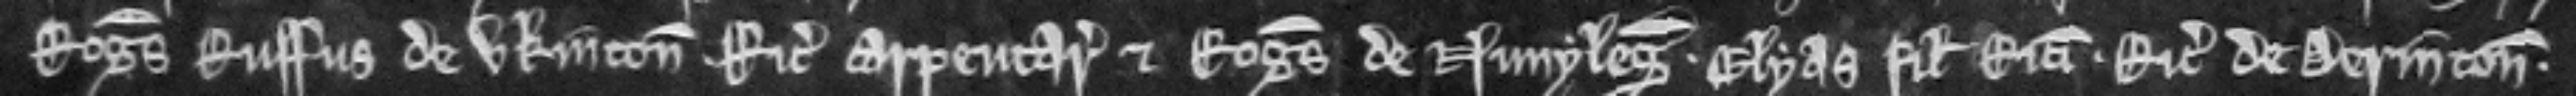
Rogerus Ruffus de Ukinton. Ricardus carpentarius et Rogerus de Nunyleg. Elyas filius Ricardi. Ricardus de Derinton.